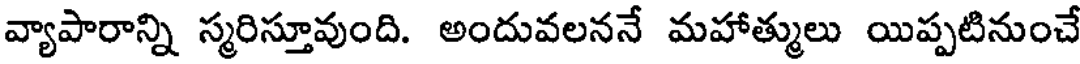
వ్యాపారాన్ని స్మరిస్తూవుంది. అందువలననే మహాత్ములు యిప్పటినుంచే